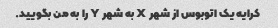
کرایه یک اتوبوس از شهر X به شهر Y را به من بگویید.